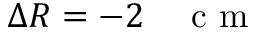
\Delta R = - 2 \quad \mathrm { ~ c ~ m ~ }